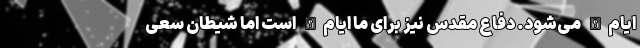
ایام‌الله می‌شود. دفاع مقدس نیز برای ما ایام‌الله است اما شیطان سعی